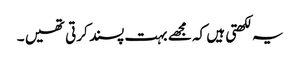
یہ لکھتی ہیں کہ مجھے بہت پسند کرتی تھیں ۔